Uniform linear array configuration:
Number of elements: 16
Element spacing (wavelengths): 0.25
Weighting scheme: binomial
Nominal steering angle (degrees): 0
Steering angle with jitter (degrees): -0.2375
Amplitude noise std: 0.05
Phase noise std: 0.05

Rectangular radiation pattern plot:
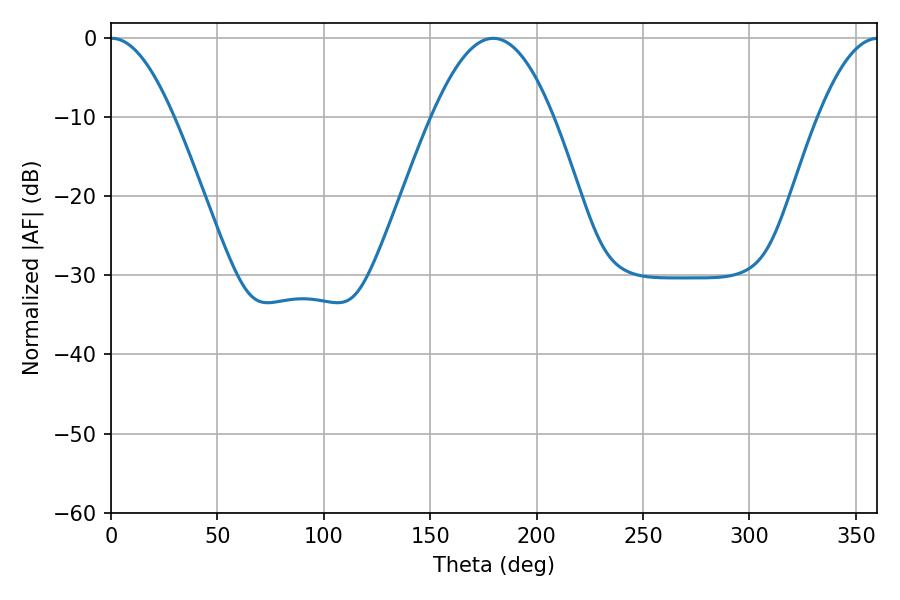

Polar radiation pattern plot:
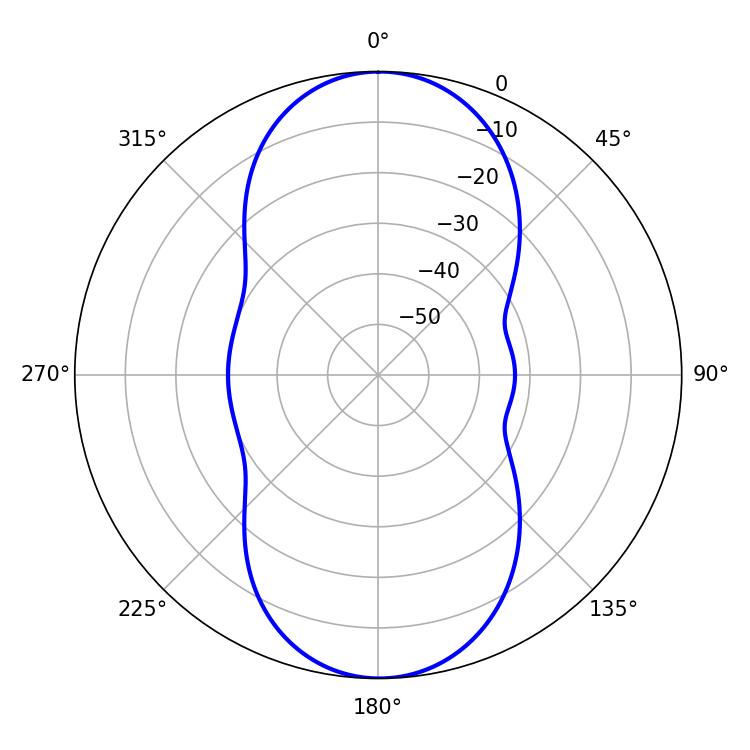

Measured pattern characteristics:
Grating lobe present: FALSE
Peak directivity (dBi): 21.93
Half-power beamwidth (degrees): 16.02
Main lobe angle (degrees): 0.36